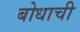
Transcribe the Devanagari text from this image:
बोधाची